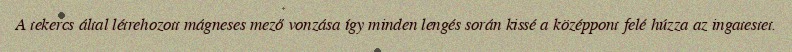
A tekercs által létrehozott mágneses mező vonzása így minden lengés során kissé a középpont felé húzza az ingatestet.